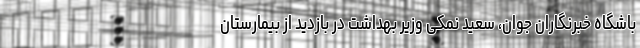
باشگاه خبرنگاران جوان، سعید نمکی وزیر بهداشت در بازدید از بیمارستان